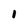
Character: I